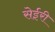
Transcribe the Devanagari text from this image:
सेईरी